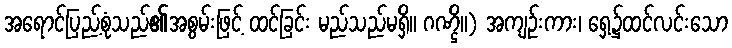
အရောင်ပြည့်စုံသည်၏အစွမ်းဖြင့် ထင်ခြင်း မည်သည်မရှိ။ ဂဏ္ဌိ။) အကျဉ်းကား၊ ရှေ့၌ထင်လင်းသော